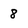
Character: 8